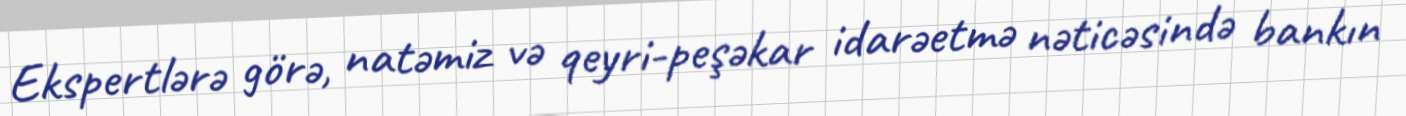
Ekspertlərə görə, natəmiz və qeyri-peşəkar idarəetmə nəticəsində bankın